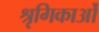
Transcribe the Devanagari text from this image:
श्रृगिकाओं